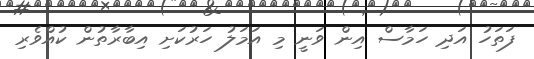
ފަތަހު އަދި ހަމާސް އިން ވަނީ މި އަމަލު ހަރުކަށި އިބާރާތުން ކުއްވެރި